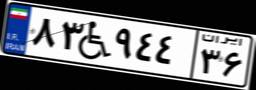
۸۳W۹۴۴۳۶